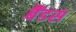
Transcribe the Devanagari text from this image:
बैंडस